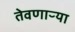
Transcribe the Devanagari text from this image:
तेवणाऱ्या